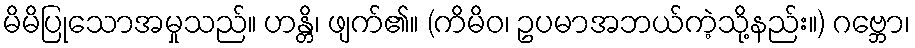
မိမိပြုသောအမှုသည်။ ဟန္တိ၊ ဖျက်၏။ (ကိမိဝ၊ ဥပမာအဘယ်ကဲ့သို့နည်း။) ဂဗ္ဘော၊